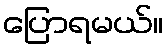
ပြောရမယ်။